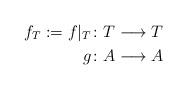
LaTeX: \begin{align*} f_{T}:=f|_{T} & \colon T \longrightarrow T\\ g & \colon A \longrightarrow A \end{align*}